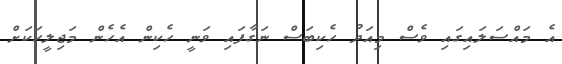
އެ މައްސަލައިގައި ވެސް މިއަދު ހެކިބަސް ނަގާފައި ވަނީ ހެކިން އެހެން މަޖިލީހަކަށް